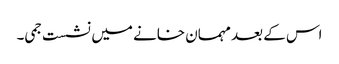
اس کے بعد مہمان خانے میں نشست جمی۔